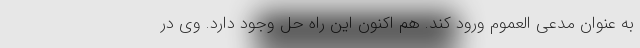
به عنوان مدعی العموم ورود کند. هم اکنون این راه حل وجود دارد. وی در